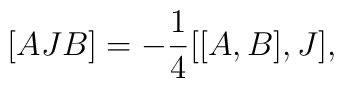
[AJB]=-\frac{1}{4}[[A,B],J],